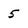
Character: 5